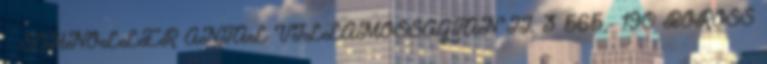
– SCHNÖLLER ANTAL VILLAMOSSÁGTAN II. 3 565,- 190 BOROSS